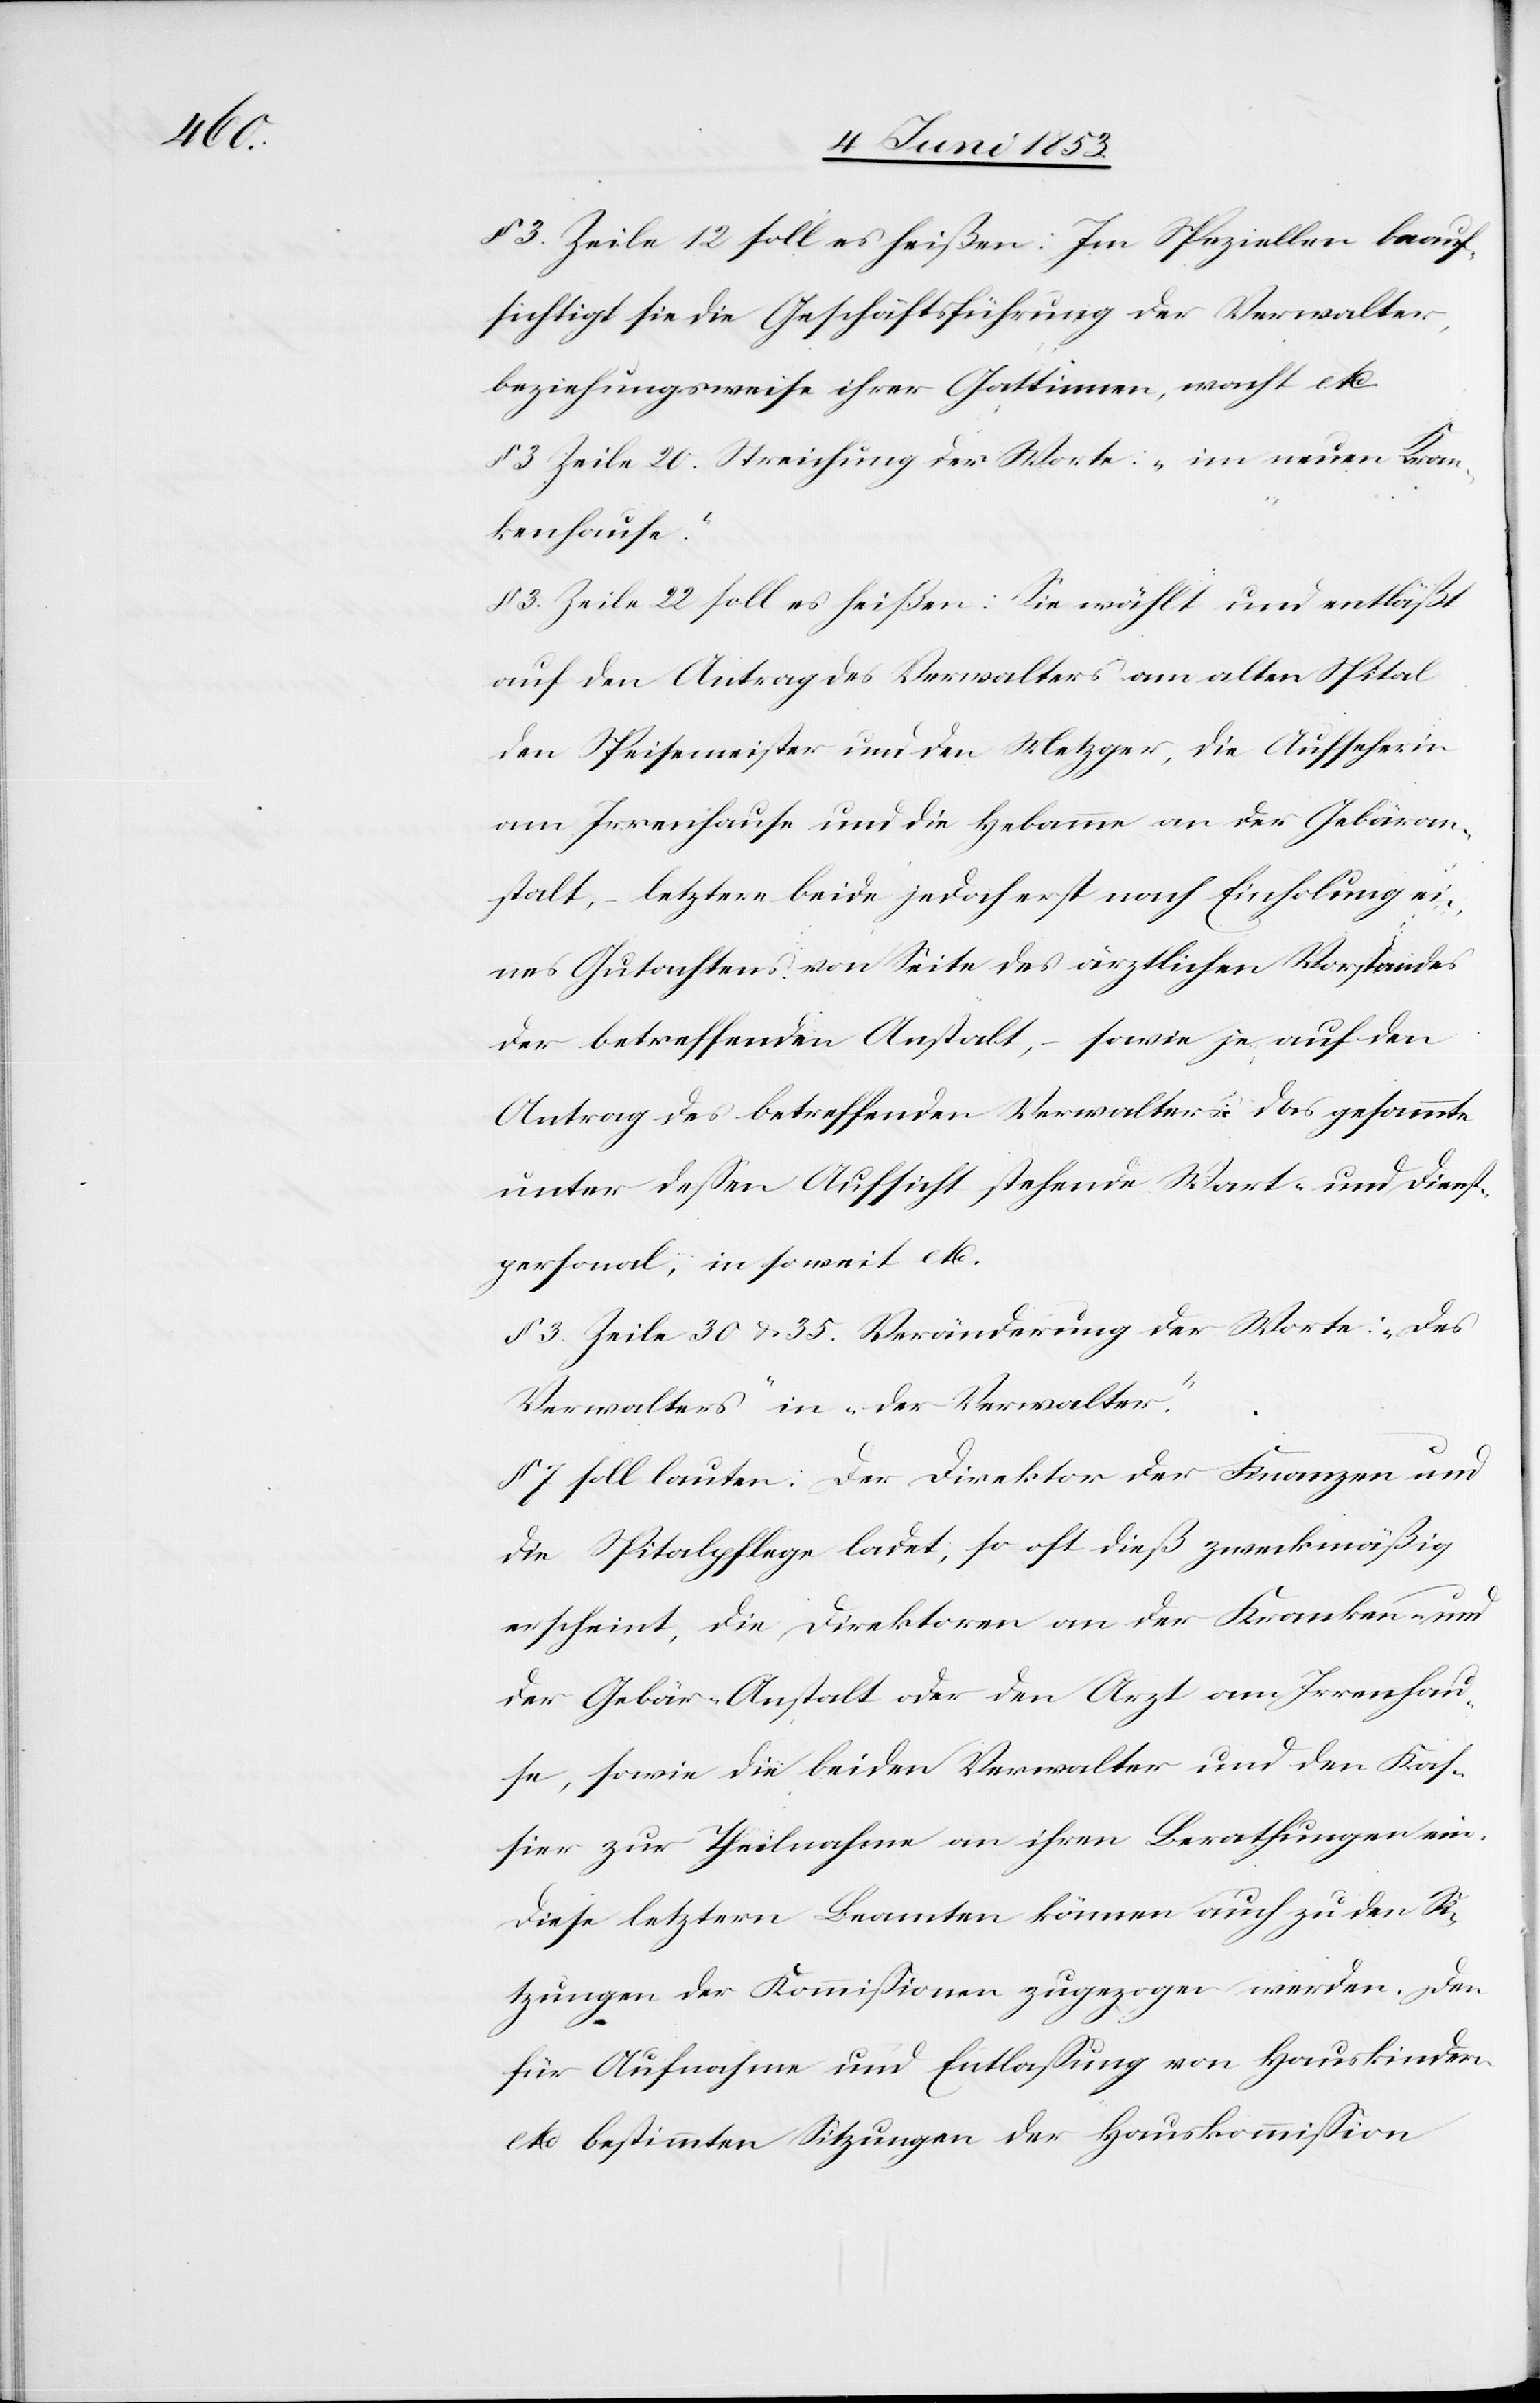
§ 3. Zeile 12 soll es heißen: Im Speziellen beauf¬
sichtigt sie die Geschäftsführung der Verwalter,
beziehungsweise ihrer Gattinnen, wacht etc.
§ 3 Zeile 20. Streichung der Worte: „im neuen Kran¬
kenhause.“
§ 3 Zeile 22 soll es heißen: Sie wählt und entläßt
auf den Antrag des Verwalters am alten Spital
den Speisemeister und den Metzger, die Aufseherin
am Irrenhause und die Hebamme an der Gebäran¬
stalt, – letztere beide jedoch erst nach Einholung ei¬
nes Gutachtens von Seite des ärztlichen Vorstandes
der betreffenden Anstalt, – sowie je auf den
Antrag des betreffenden Verwalters. Das gesammte
unter deßen Aufsicht stehende Wart- und Dienst¬
personal, in soweit etc.
§ 3 Zeile 30 u. 35. Veränderung der Worte: „des
Verwalters“ in „der Verwalter.“
§ 7 soll lauten: Der Direktor der Finanzen und
die Spitalpflege ladet, so oft dieß zweckmäßig
erscheint, die Direktoren an der Kranken- und
der Gebär-Anstalt oder den Arzt am Irrenhau¬
se, sowie die beiden Verwalter und den Kas¬
sier zur Theilnahme an ihren Berathungen ein.
Diese letztern Beamten können auch zu den Si¬
tzungen der Kommißionen zugezogen werden. Den
für Aufnahme und Entlaßung von Hauskindern
etc. bestimmten Sitzungen der Hauskommißion